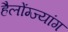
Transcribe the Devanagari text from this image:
हैलोंग्ज्यांग